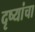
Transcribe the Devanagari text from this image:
दृष्यांचा